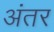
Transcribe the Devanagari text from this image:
अंंतर